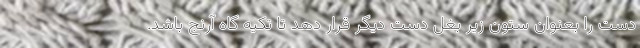
دست را بعنوان ستون زیر بغل دست دیگر قرار دهد تا تکیه گاه آرنج باشد.